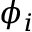
\phi _ { i }